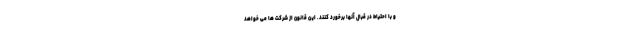
و با احتیاط در قبال آنها برخورد کنند. این قانون از شرکت ها می خواهد